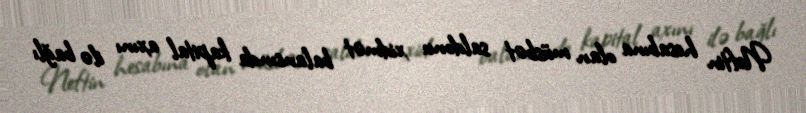
Neftin hesabına olan müsbət saldonu xidmət balansında kapital axını ilə bağlı